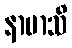
နာမာသိ